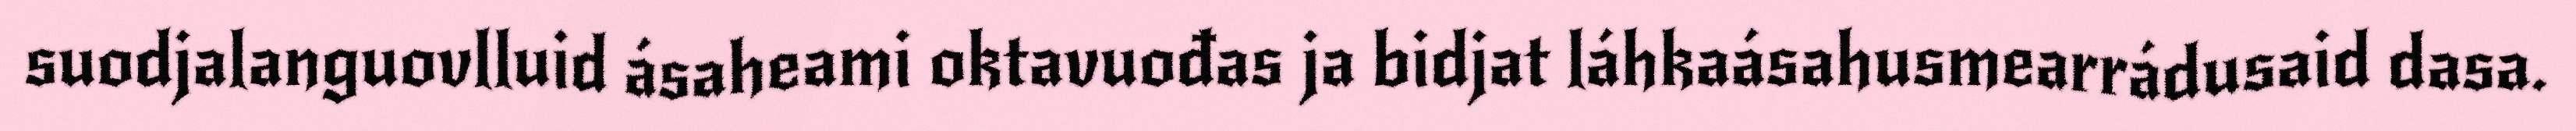
suodjalanguovlluid ásaheami oktavuođas ja bidjat láhkaásahusmearrádusaid dasa.